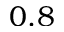
0 . 8